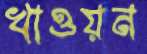
খাওয়ন